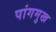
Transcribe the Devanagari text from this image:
पांगमुख